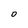
Character: 0